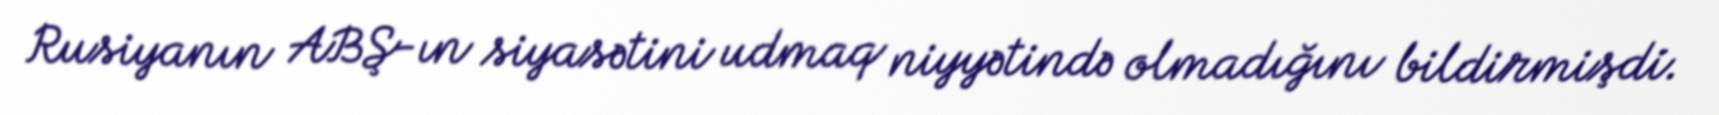
Rusiyanın ABŞ-ın siyasətini udmaq niyyətində olmadığını bildirmişdi.